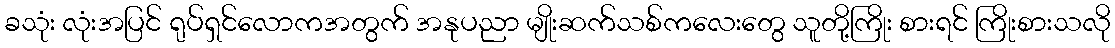
ခသုံး လုံးအပြင် ရုပ်ရှင်လောကအတွက် အနုပညာ မျိုးဆက်သစ်ကလေးတွေ သူတို့ကြိုး စားရင် ကြိုးစားသလို